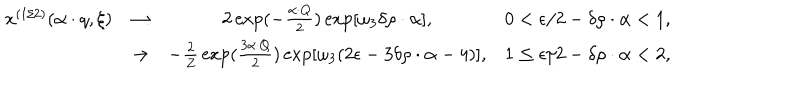
LaTeX: \begin{array} { c c c r } { { x ^ { ( 1 / 2 ) } ( \alpha \cdot q , \xi ) } } & { { \rightarrow } } & { { 2 \exp ( - { \frac { \alpha \cdot Q } { 2 } } ) \exp [ \omega _ { 3 } \delta \rho \cdot \alpha ] , } } & { { 0 < \epsilon / 2 - \delta \rho \cdot \alpha < 1 , } } \\ { { } } & { { \rightarrow } } & { { - { \frac { 2 } { Z } } \exp ( { \frac { 3 { \alpha \cdot Q } } { 2 } } ) \exp [ \omega _ { 3 } ( 2 \epsilon - 3 \delta \rho \cdot \alpha - 4 ) ] , } } & { { 1 \leq \epsilon / 2 - \delta \rho \cdot \alpha < 2 , } } \\ \end{array}